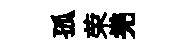
孤荣兠